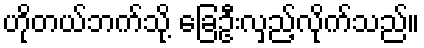
ဟိုတယ်ဘက်သို့ ခြေဦးလှည့်လိုက်သည်။